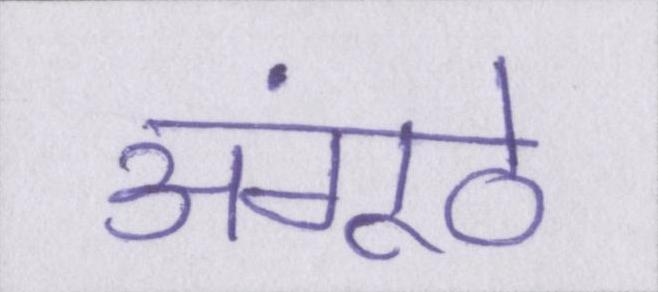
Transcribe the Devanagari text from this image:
अंगूठे